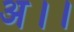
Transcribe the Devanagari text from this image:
अ।।